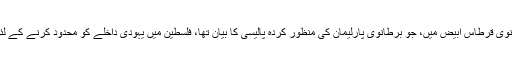
مئی 1939 میں ایک برطانوی قرطاس ابیض میں، جو برطانوی پارلیمان کی منظور کردہ پالیسی کا بیان تھا، فلسطین میں یہودی داخلے کو محدود کرنے کے لئے کئی اقدامات شامل تھے۔